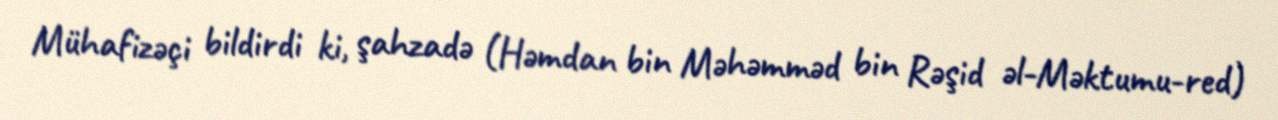
Mühafizəçi bildirdi ki, şahzadə (Həmdan bin Məhəmməd bin Rəşid əl-Məktumu-red)